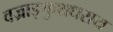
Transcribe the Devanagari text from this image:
वज्राङ्कुशधराय